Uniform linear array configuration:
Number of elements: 16
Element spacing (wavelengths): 0.75
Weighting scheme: binomial
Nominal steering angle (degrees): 30
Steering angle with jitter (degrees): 28.139
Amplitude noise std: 0.05
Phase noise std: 0.05

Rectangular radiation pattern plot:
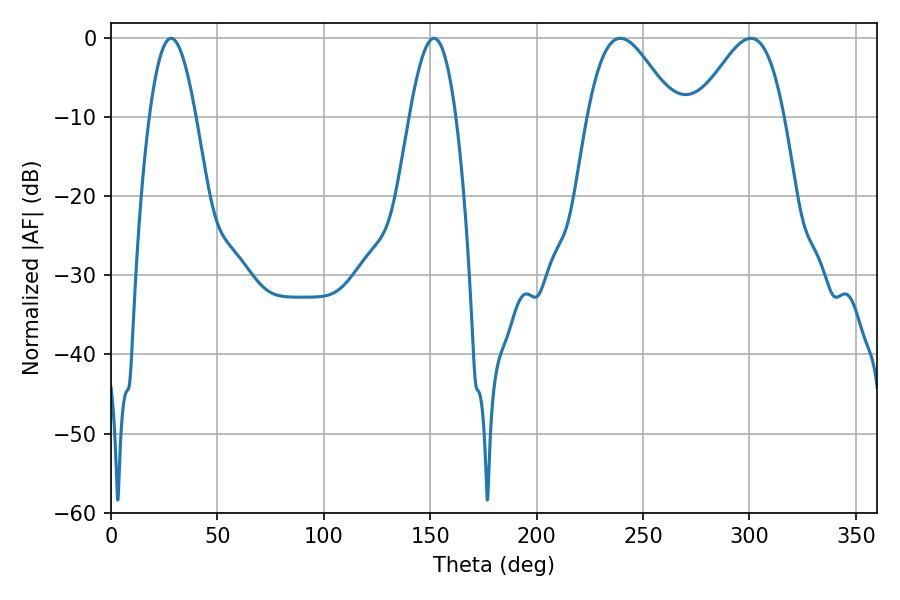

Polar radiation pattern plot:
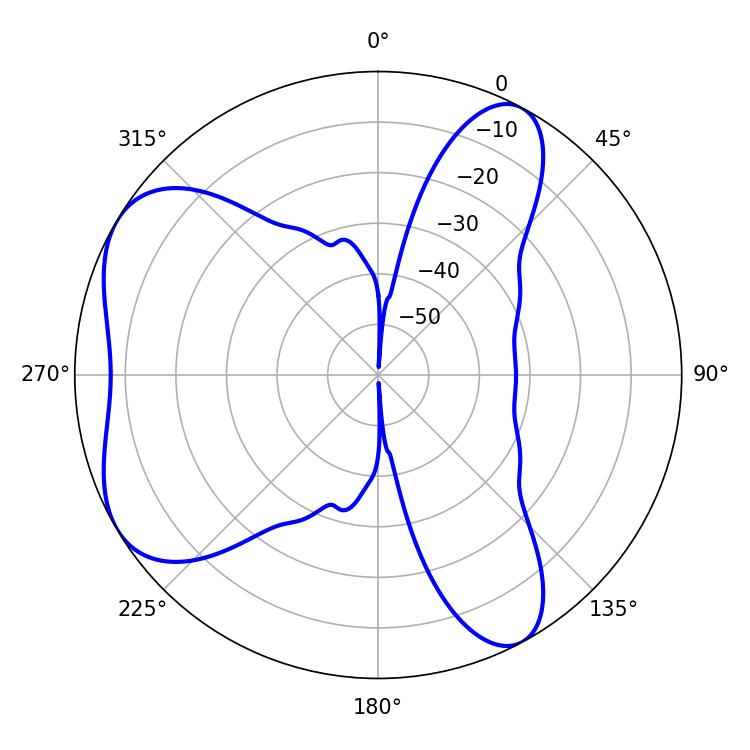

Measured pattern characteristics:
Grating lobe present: TRUE
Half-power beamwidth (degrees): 21.78
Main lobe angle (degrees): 300.6